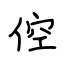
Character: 倥